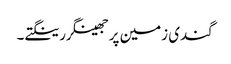
گندی زمین پر جھینگر رینگتے۔